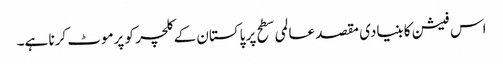
اس فیشن کا بنیادی مقصد عالمی سطح پر پاکستان کے کلچر کو پرموٹ کرنا ہے۔